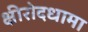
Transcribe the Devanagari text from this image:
क्षीरोदधामा